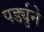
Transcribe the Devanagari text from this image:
पर्ड्युने